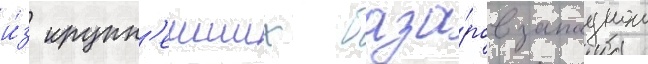
и́з крупн'еиших база́ров западнои